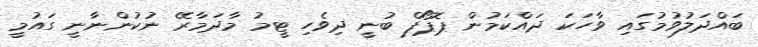
ބައްދަލުވުމުގައި ވާހަކަ ދައްކަމުން ޕޮޕޯފް ބުނީ ދިވެހި ޓީމު މާދަމާރޭ ނުކުންނާނީ ގައުމީ